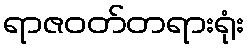
ရာဇဝတ်တရားရုံး